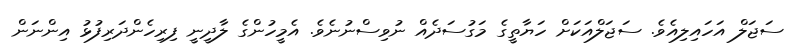
ސަޖަލް އަހައިލިއެވެ. ސަޖަލްއަކަށް ހަޔާތީގެ މަގުސަދެއް ނުވިސްނުނެވެ. އެމީހުންގެ ލާދީނީ ފިރިހެންދަރިފުޅު އިންނަން